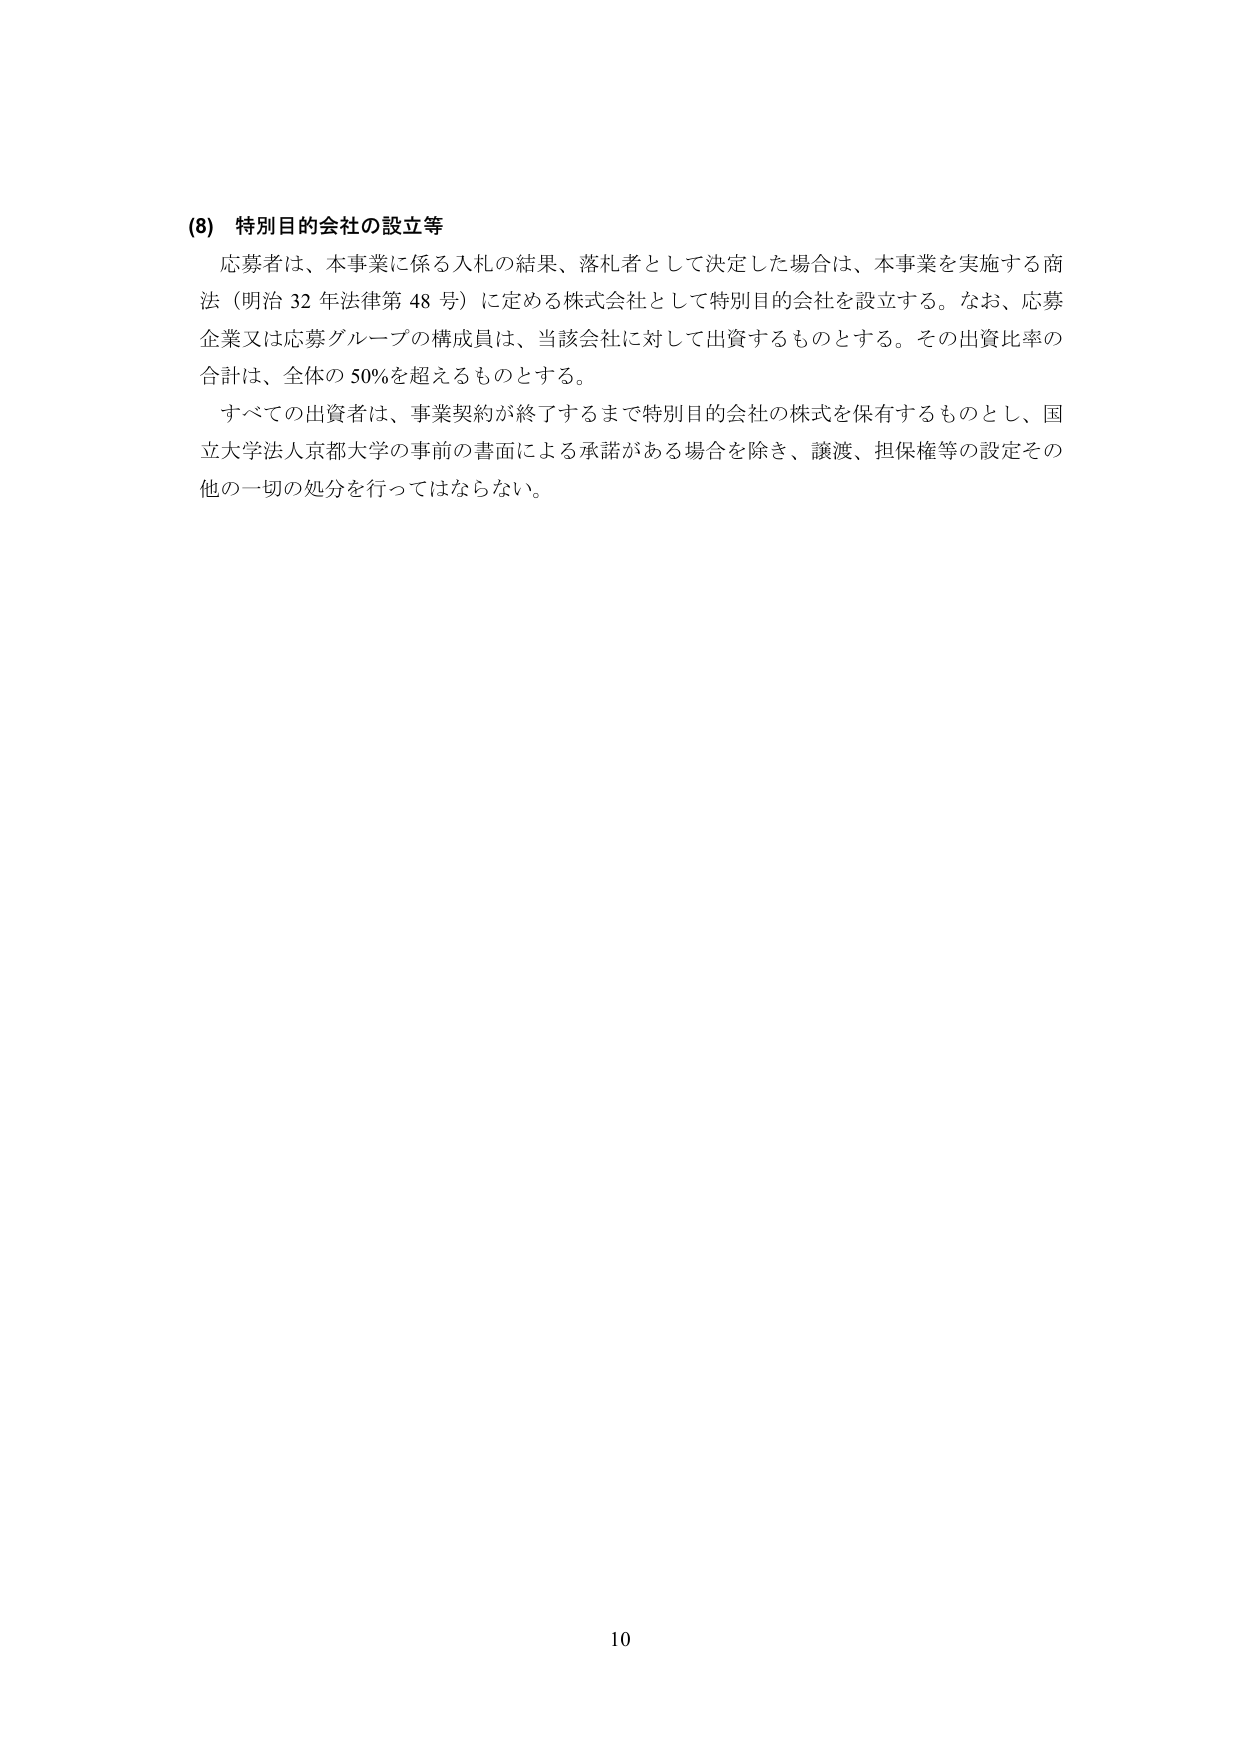
(8) 特別目的会社の設立等
応募者は、本事業に係る入札の結果、落札者として決定した場合は、本事業を実施する商法（明治32年法律第48号）に定める株式会社として特別目的会社を設立する。なお、応募企業又は応募グループの構成員は、当該会社に対して出資するものとする。その出資比率の合計は、全体の50％を超えるものとする。
すべての出資者は、事業契約が終了するまで特別目的会社の株式を保有するものとし、国立大学法人京都大学の事前の書面による承諾がある場合を除き、譲渡、担保権等の設定その他的一切の処分を行ってはならない。

10